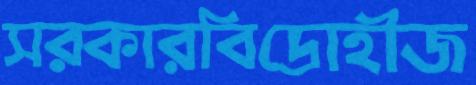
সরকারবিদ্রোহীজ